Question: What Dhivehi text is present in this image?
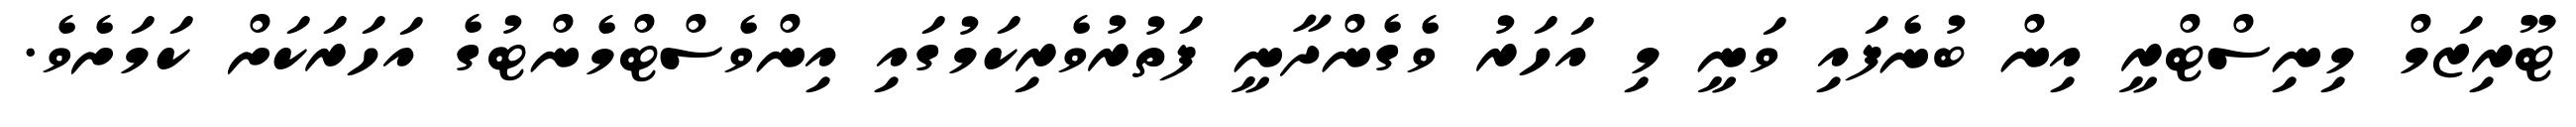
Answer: ޓޫރިޒަމް މިނިސްޓްރީ އިން ބުނެފައި ވަނީ މި އަހަރު ވެގެންދާނީ ފަތުރުވެރިކަމުގައި އިންވެސްޓްމެންޓުގެ އަހަރަކަށް ކަމަށެވެ.